Lock hospitals Punjab
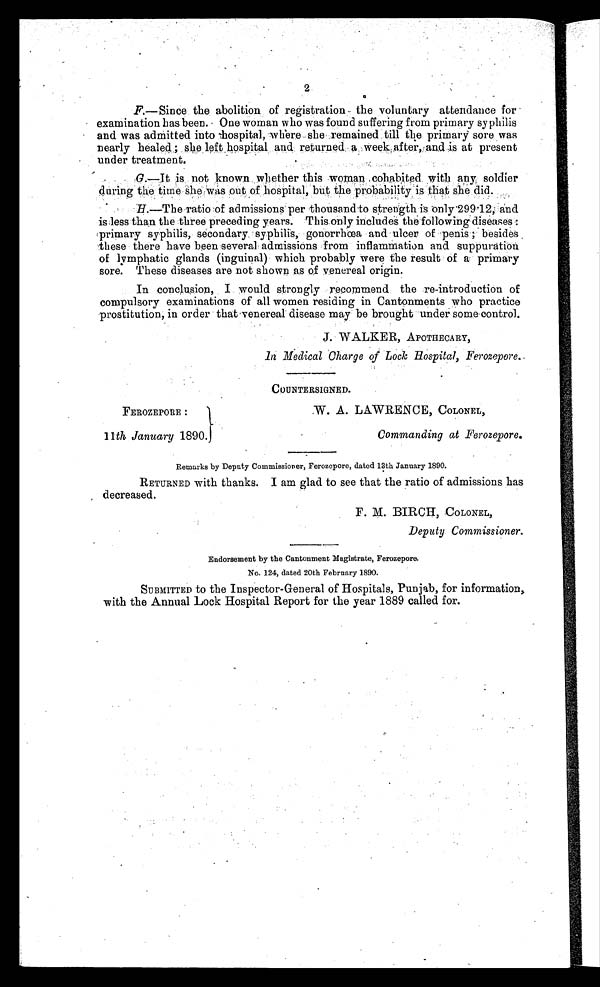
2
F.—Since the abolition of registration the voluntary attendance for
examination has been. One woman who was found suffering from primary syphilis
and was admitted into hospital, where she remained till the primary sore was
nearly healed ; she left hospital and returned a week after, and is at present
under treatment.
G .—It is not known, whether this woman cohabited with any soldier
during the time she was out of hospital, but the probability is that she did.
H.—The ratio of admissions per thousand to strength is only 299.12, and
is less than the three preceding years. This only includes the following diseases:
P r i m a r y s y p h i l i s , s e c o n d a r y s y p h i l i s , g o n o r r h œ a a n d u l c e r o f p e n i s ; b e s i d e s
these there have been several admissions from inflammation and suppuration
of lymphatic glands (inguinal) which probably were the result of a primary
sore. These diseases are not shown as of venereal origin.
In conclusion, I would strongly recommend the re-introduction of
compulsory examinations of all women residing in Cantonments who practice
prostitution, in order that venereal disease may be brought under some control.
J. WALKER, APOTHECARY,
in Medical Charge of Lock Hospital, Ferozepore.
FEROZEPORE :
11th January 1890.
COUNTERSIGNED.
W. A. LAWRENCE, COLONEL,
Commanding at Ferozepore.
Remarks by Deputy Commissioner, Ferozepore, dated 13th January 1890.
RETURNED with thanks. I am glad to see that the ratio of admissions has
decreased.
F. M. BIRCH, COLONEL,
Deputy. Commissioner.
Endorsement by the Cantonment Magistrate, Ferozepore.
No. 124, dated 20th February 1890.
SUBMITTED to the Inspector-General of Hospitals, Punjab, for information,
with the Annual Lock Hospital Report for the year 1889 called for.